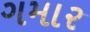
ગમાર